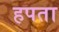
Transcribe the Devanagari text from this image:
हपता